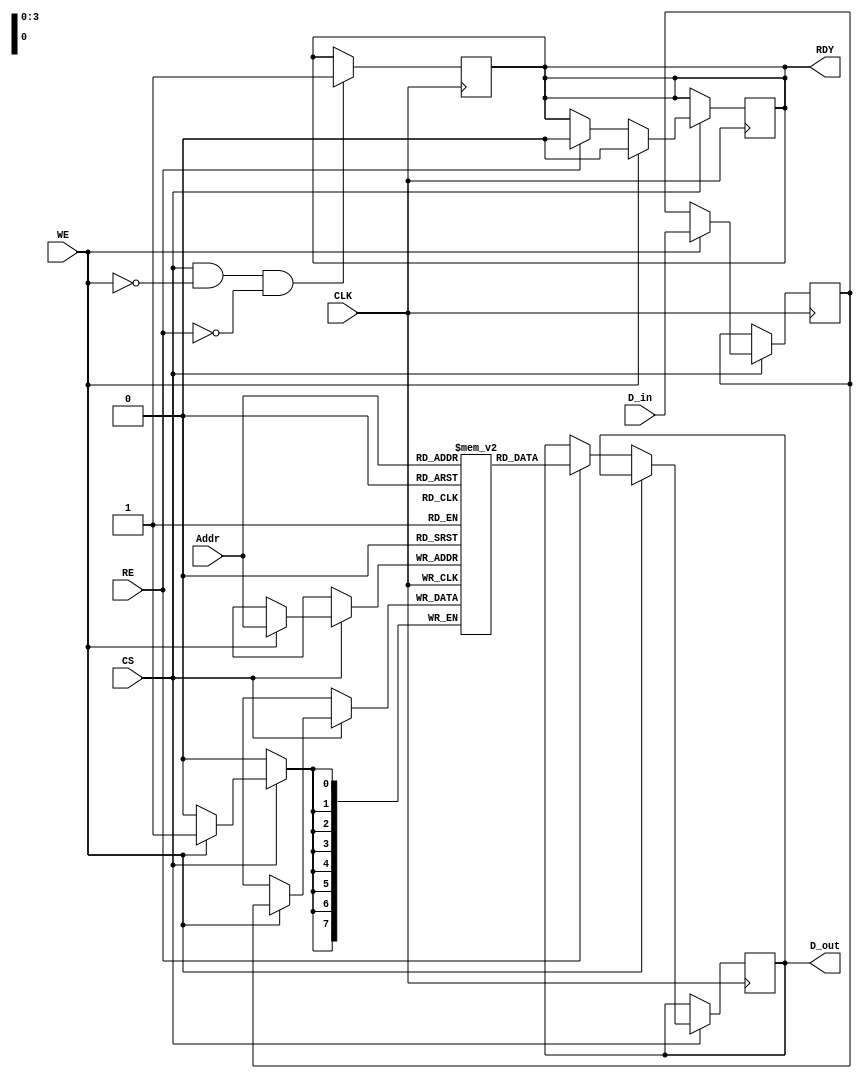
module FeRAM_IO_Block (
    input wire [7:0] D_in,      // Data input bus (8 bits)
    input wire [3:0] Addr,      // Address input (4 bits)
    input wire WE,              // Write Enable
    input wire RE,              // Read Enable
    input wire CS,              // Chip Select
    input wire CLK,             // Clock
    output reg [7:0] D_out,     // Data output bus (8 bits)
    output reg RDY              // Ready signal
);

    // Internal registers
    reg [7:0] memory [0:15];    // Memory array (16 x 8 bits)
    reg [7:0] data_latch;       // Data latch for write operations

    // State for readiness
    initial begin
        RDY = 1'b1;              // Initially ready
    end

    // Write operation
    always @(posedge CLK) begin
        if (CS) begin
            if (WE) begin
                data_latch <= D_in; // Latch the input data
                memory[Addr] <= data_latch; // Write to memory
                RDY <= 1'b0; // Not ready during write
            end
            else if (RE) begin
                D_out <= memory[Addr]; // Read from memory
                RDY <= 1'b0; // Not ready during read
            end
        end
    end

    // Ready signal management
    always @(posedge CLK) begin
        if (CS && !WE && !RE) begin
            RDY <= 1'b1; // Ready when no operation is active
        end
    end

endmodule